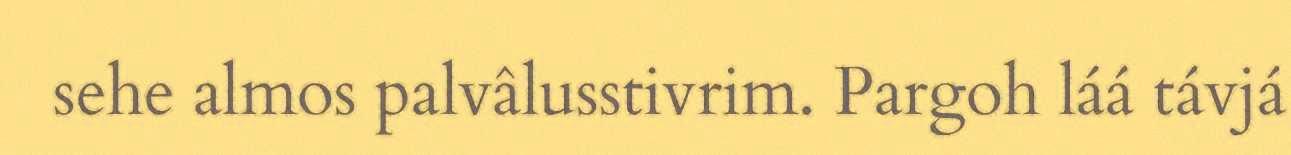
sehe almos palvâlusstivrim. Pargoh láá távjá